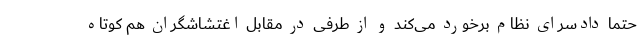
حتما دادسرای نظام برخورد می‌کند و از طرفی در مقابل اغتشاشگران هم کوتاه